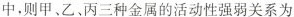
中，则甲、乙、丙三种金属的活动性强弱关系为